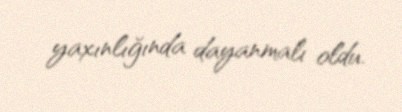
yaxınlığında dayanmalı oldu.